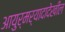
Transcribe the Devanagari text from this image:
आयुर्मर्यादादेखील